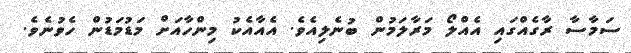
ސަމާސާ ރާގެއްގައި އެއްލޯ މަރާލަމުން ބުނެލިއެވެ. އެއާއެކު މިންހާއަށް މަޑުމަޑުން ހެވުނެވެ.